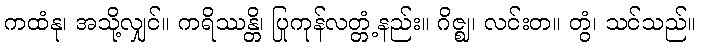
ကထံနု၊ အသို့လျှင်။ ကရိဿန္တိ၊ ပြုကုန်လတ္တံ့နည်း။ ဂိဇ္ဈ၊ လင်းတ။ တွံ၊ သင်သည်။